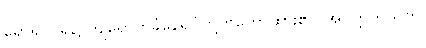
ရောရုဝငရဲ၌ ကျရောက်ခံနေရပုံတို့ကိုဟောထား၏။ အပုတ္တကသုတ်၊